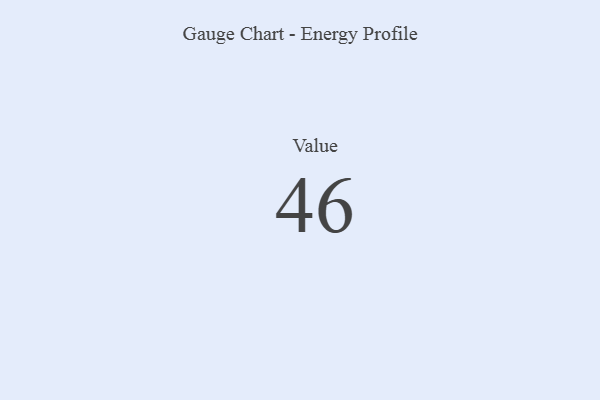
{"axis": {"x": "Metric", "y": "Value"}, "legend": [""], "data": [{"x": "Value", "y": 46, "type": ""}]}